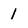
Character: 1